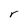
Character: r